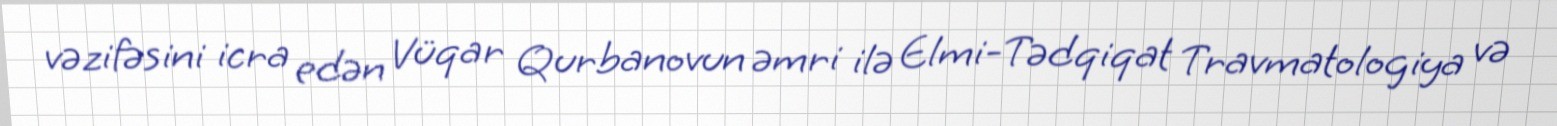
vəzifəsini icra edən Vüqar Qurbanovun əmri ilə Elmi-Tədqiqat Travmatologiya və